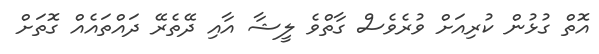
އޮތް ގުޅުން ކުރިއަށް ވުރެވެސް ގާތްވެ ލީޝާ އާއި ދޭތެރޭ ދައްތައެއް ގޮތަށް